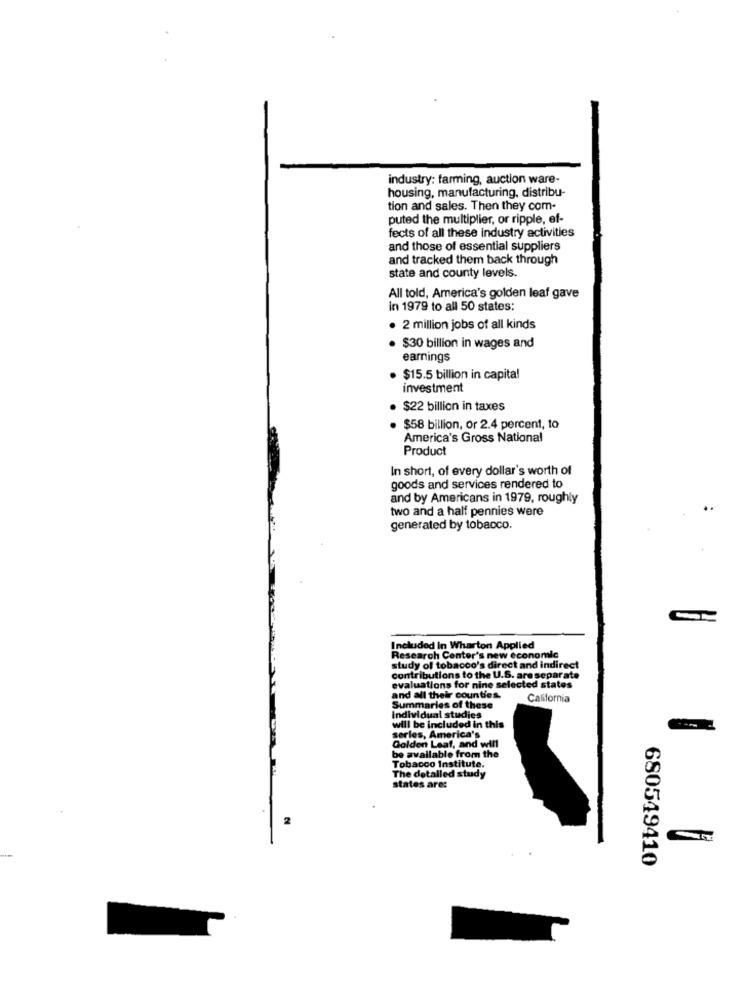
industry: farming, auction ware-
housing, manufacturing, distribu-
tion and sales. Then they com-
puted the multiplier, or ripple, ef-
fects of all these industry activities
and those of essential suppliers
and tracked them back through
state and county levels.
All told, America's golden leaf gave
in 1979 to all 50 states:
. 2 million jobs of all kinds
· $30 billion in wages and
earnings
$15.5 billion in capital
investment
· $22 billion in taxes
. $58 billion, or 2.4 percent, to
America's Gross National
Product
In short, of every dollar's worth of
goods and services rendered to
and by Americans in 1979, roughly
two and a half pennies were
generated by tobacco.
Included in Wharton Applied
Research Center's new economic
study of tobacco's direct and indirect
contributions to the U.S. are separate
evaluations for nine selected states
and all their counties.
California
Summaries of these
Individual studies
will be included in this
serles, America's
Golden Leaf, and will
be available from the
Tobacco Institute.
The detalled study
states are:
680549410